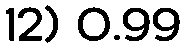
12) 0.99